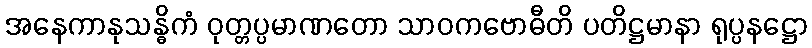
အနေကာနုသန္ဓိကံ ဝုတ္တပ္ပမာဏတော သာဝကဗောဓီတိ ပတိဋ္ဌမာနာ ရုပ္ပနဋ္ဌော